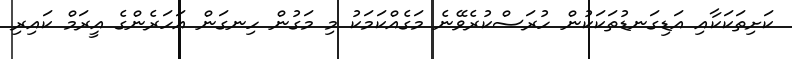
ކަށިތަކަކާއި އަޑިގަނޑުތަކަކުން ހުރަސްކުރެވޭނެ މަގެއްކަމަކު މި މަގުން ހިނގަން އަހަރެންގެ އީރަމް ކައިރި